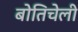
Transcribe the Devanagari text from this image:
बोतिचेली